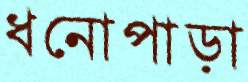
ধনোপাড়া